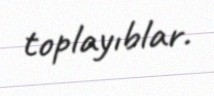
toplayıblar.